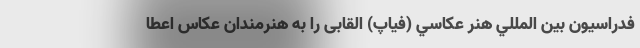
فدراسيون بين المللي هنر عکاسي (فیاپ) القابی را به هنرمندان عکاس اعطا